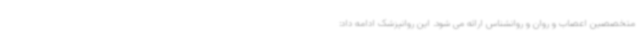
متخصصین اعصاب و روان و روانشناس ارائه می شود. این روانپزشک ادامه داد: